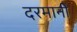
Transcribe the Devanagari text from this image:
दरमानी